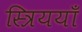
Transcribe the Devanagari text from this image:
स्त्रिययाँ